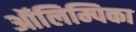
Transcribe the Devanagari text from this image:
ऑलिम्पिका